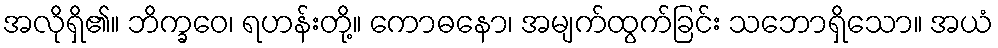
အလိုရှိ၏။ ဘိက္ခဝေ၊ ရဟန်းတို့။ ကောဓနော၊ အမျက်ထွက်ခြင်း သဘောရှိသော။ အယံ